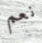
نعم